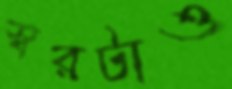
স্বরটাও